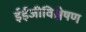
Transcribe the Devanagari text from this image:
ईईजीविश्लेषण